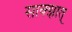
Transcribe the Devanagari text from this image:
साक्झात्